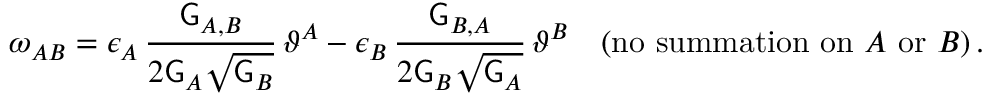
\omega _ { A B } = \epsilon _ { A } \, \frac { \mathsf { G } _ { A , B } } { 2 \mathsf { G } _ { A } \sqrt { \mathsf { G } _ { B } } } \, \vartheta ^ { A } - \epsilon _ { B } \, \frac { \mathsf { G } _ { B , A } } { 2 \mathsf { G } _ { B } \sqrt { \mathsf { G } _ { A } } } \, \vartheta ^ { B } \quad ( \mathrm { n o ~ s u m m a t i o n ~ o n } ~ A ~ \mathrm { o r } ~ B ) \, .